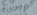
Text: 100µF